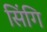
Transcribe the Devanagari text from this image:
सिंगि